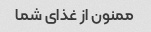
ممنون از غذای شما